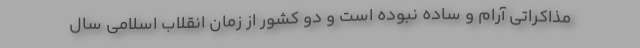
مذاکراتی آرام و ساده نبوده است و دو کشور از زمان انقلاب اسلامی سال